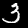
Digit: 3